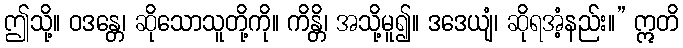
ဤသို့။ ဝဒန္တေ၊ ဆိုသောသူတို့ကို။ ကိန္တိ၊ အသို့မူ၍။ ဒဒေယျံ၊ ဆိုရအံ့နည်း။” ဣတိ